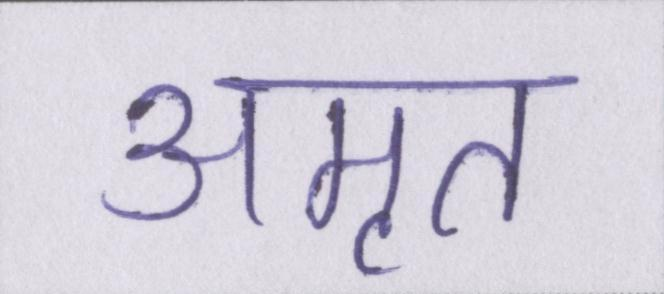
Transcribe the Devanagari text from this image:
अमृत